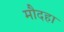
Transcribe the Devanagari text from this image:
मौदहा